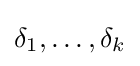
\delta _{1},\ldots ,\delta _{k}